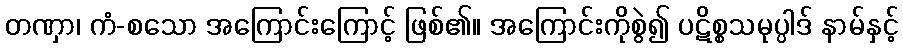
တဏှာ၊ ကံ-စသော အကြောင်းကြောင့် ဖြစ်၏။ အကြောင်းကိုစွဲ၍ ပဋိစ္စသမုပ္ပါဒ် နာမ်နှင့်